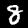
Label: 8